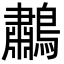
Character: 鷫